Report of the Indian Hemp Drugs Commission, 1894-1895 - Volume VII
Year: 1894
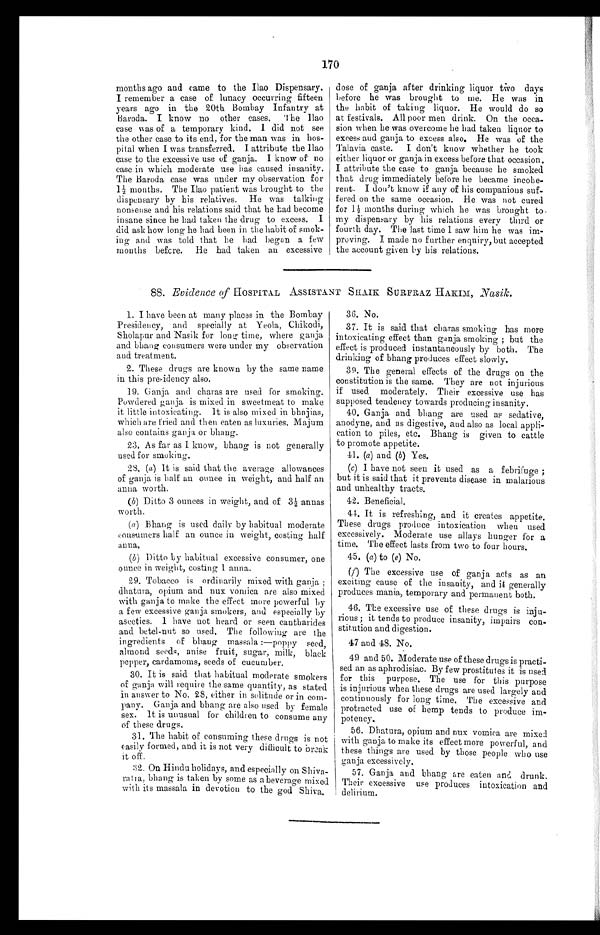
170
months ago and came to the Ilao Dispensary.
I remember a case of lunacy occurring fifteen
years ago in the 20th Bombay Infantry at
Baroda. I know no other cases. The Ilao
case was of a temporary kind. I did not see
the other case to its end, for the man was in hos-
pital when I was transferred. I attribute the Ilao
case to the excessive use of ganja. I know of no
case in which moderate use has caused insanity.
The Baroda case was under my observation for
l ½ months. The Ilao patient was brought to the
dispensary by his relatives. He was talking
nonsense and his relations said that he had become
insane since he had taken the drug to excess. I
did ask how long he had been in the habit of smok-
ing and was told that he had begun a few
months before. He had taken an excessive
dose of ganja after drinking liquor two days
before he was brought to me. He was in
the habit of taking liquor. He would do so
at festivals. All poor men drink. On the occa-
sion when he was overcome he had taken liquor to
excess and ganja to excess also. He was of the
Talavia caste. I don't know whether he took
either liquor or ganja in excess before that occasion.
I attribute the case to ganja because he smoked
that drug immediately before he became incohe-
rent. I don't know if any of his companions suf-
fered on the same occasion. He was not cured
for 1 ½ months during which he was brought to
my dispensary by his relations every third or
fourth day. The last time I saw him he was im-
proving. I made no further enquiry, but accepted
the account given by his relations.
88. Evidence of HOSPITAL ASSISTANT SHAIK SURFRAZ HAKIM, Nasik.
1. I have been at many places in the Bombay
Presidency, and specially at Yeola, Chikodi,
Sholapur and Nasik for long time, where ganja
and bhang consumers were under my observation
and treatment.
2. These drugs are known by the same name
in this presidency also.
19. Ganja and charas are used for smoking.
Powdered ganja is mixed in sweetmeat to make
it little intoxicating. It is also mixed in bhajias,
which are fried and then eaten as luxuries. Majum
also contains ganja or bhang.
23. As far as I know, bhang is not generally
used for smoking.
28. (a) It is said that the average allowances
of ganja is half an ounce in weight, and half an
anna worth.
(b) Ditto 3 ounces in weight, and of 3 ½ annas
worth.
(a) Bhang is used daily by habitual moderate
consumers half an ounce in weight, costing half
anna,
(b) Ditto by habitual excessive consumer, one
ounce in weight, costing I anna
29. Tobacco is ordinarily mixed with ganja ;
dhatura, opium and nux vomica are also mixed
with ganja to make the effect more powerful by
a few excessive ganja smokers, and especially by
ascetics. 1 have not heard or seen cantharides
and betel-nut so used. The following are the
ingredients of bhang massala :—poppy seed,
almond seeds, anise fruit, sugar, milk, black
pepper, cardamoms, seeds of cucumber.
30. It is said that habitual moderate smokers
of ganja will require the same quantity, as stated
in answer to No. 28, either in solitude or in com-
pany. Ganja and bhang are also used by female
sex. It is unusual for children to consume any
of these drugs.
31. The habit of consuming these drugs is not
easily formed, and it is not very difficult to break
it off.
32.
On Hindu holidays, and especially on Shiva
¬ratra, bhang is taken by some as a beverage
m i x e d w i t h i t s m a s s a l a i n d e v o t i o n t o t h e g o d S h i v a .
36. No.
37. It is said that charas smoking has more
intoxicating effect than ganja smoking ; but the
effect is produced instantaneously by ' both. The
drinking of bhang produces effect slowly.
39. The general effects of the drugs on the
constitution is the same. They are not injurious
if used moderately. Their excessive use has
supposed tendency towards producing insanity.
40. Ganja and bhang are used as sedative,
anodyne, and as digestive, and also as local appli-
cation to piles, etc. Bhang is given to cattle
to promote appetite.
41. (a) and (b) Yes.
(c) I have not seen it used as a febrifuge ;
but it is said that it prevents disease in malarious
and unhealthy tracts.
42. Beneficial.
44. It is refreshing, and it creates appetite.
These drugs produce intoxication when used
excessively. Moderate use allays hunger for a
time. The effect lasts from two to four hours.
45. (a) to (e) No.
(f) The excessive use of ganja acts as an
exciting cause of the insanity, and it generally
produces mania, temporary and permanent both.
46. The excessive use of these drugs is inju-
rious ; it tends to produce insanity, impairs con-
stitution and digestion.
47 and 48. No.
49 and 50. Moderate use of these drugs is practi-
sed an as aphrodisiac. By few prostitutes it is used
for this purpose. The use for this purpose
is injurious when these drugs are used largely and
continuously for long time. The excessive and
protracted use of hemp tends to produce im-
potency.
56. Dhatura, opium and nux vomica are mixed
with ganja to make its effect more powerful, and
these things are used by those people who use
ganja excessively.
57. Ganja and bhang are eaten and drunk.
Their excessive use produces intoxication and delirium.